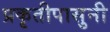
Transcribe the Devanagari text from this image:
प्रकृतीपासुनी